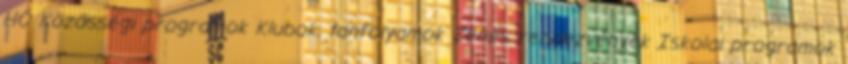
HÓ Közösségi programok Klubok, tanfolyamok Zenés rendezvények Iskolai programok